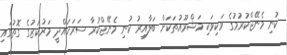
ކުނި މެނޭޖްކުރުމުގެ ވަކިވަކި މަޝްރޫއުތަކަށް ބަލާއިރު ކުނި މެނޭޖްކުރާ ސަރަހައްދީ މަރުކަޒުގެ ގޮތުގައި